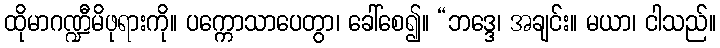
ထိုမာဂဏ္ဍီမိဖုရားကို။ ပက္ကောသာပေတွာ၊ ခေါ်စေ၍။ “ဘဒ္ဒေ၊ အချင်း။ မယာ၊ ငါသည်။